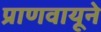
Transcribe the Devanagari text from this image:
प्राणवायूने